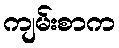
ကျမ်းစာက